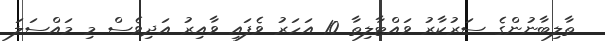
ތާލިބާނުންގެ ސަރުކާރު ވައްޓާލިތާ 10 އަހަރު ވެފައި ވާއިރު އަދިވެސް މި މައްސަލަ